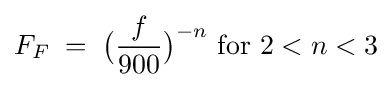
F_{F}\;=\;{\big (}{\frac {f}{900}}{\big )}^{-n}{\mbox{  for  }}2<n<3